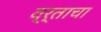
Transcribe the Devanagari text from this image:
व्र्ताचा